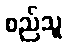
စည်သူ